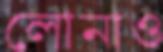
লোনাও